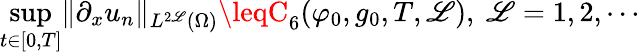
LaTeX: \operatorname*{sup}_{t\in[0,T]}\lVert\partial_{x}u_{n}\rVert_{L^{2\mathscr{L}}(\Omega)}\leqC_{6}(\varphi_{0},g_{0},T,\mathscr{L}),\ \mathscr{L}=1,2,\cdots